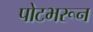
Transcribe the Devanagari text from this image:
पोटभरून